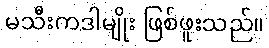
မသီးကဒါမျိုး ဖြစ်ဖူးသည်။